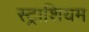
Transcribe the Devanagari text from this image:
स्ट्राशियम